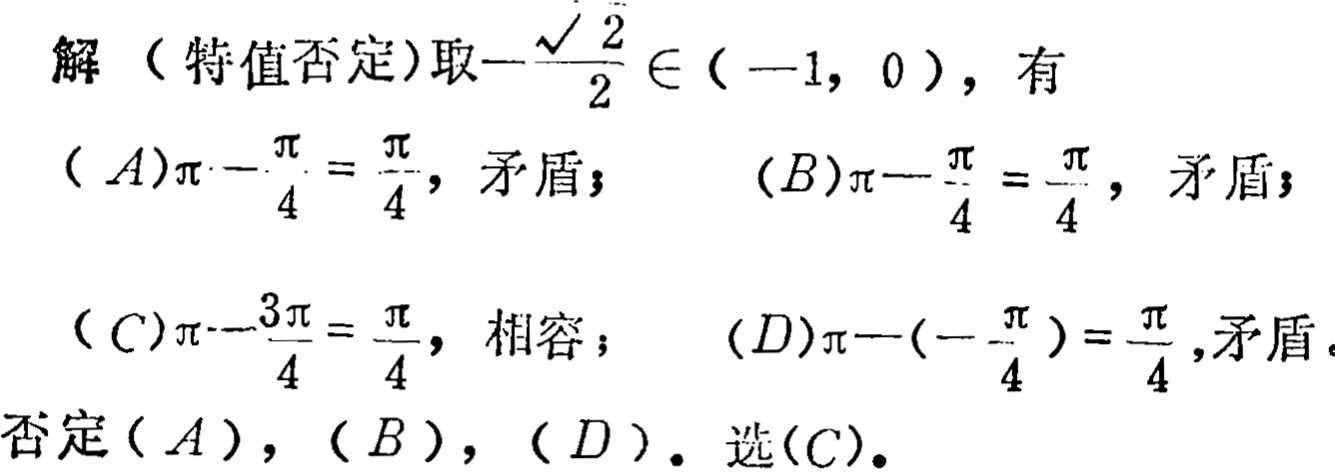
解（特值否定）取\(-\frac{\sqrt{2}}{2} \in (-1, 0)\)，有
\((A)\pi - \frac{\pi}{4} = \frac{\pi}{4}\)，矛盾； \((B)\pi - \frac{\pi}{4} = \frac{\pi}{4}\)，矛盾；
\((C)\pi - \frac{3\pi}{4} = \frac{\pi}{4}\)，相容； \((D)\pi - (-\frac{\pi}{4}) = \frac{\pi}{4}\)，矛盾。
否定\((A)\)，\((B)\)，\((D)\)。选\((C)\)。